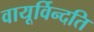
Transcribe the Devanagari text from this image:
वायूर्विन्दति